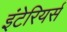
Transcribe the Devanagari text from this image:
इंटेरियर्स